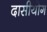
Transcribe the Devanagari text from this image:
दासीयोग